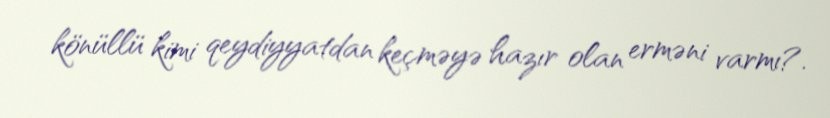
könüllü kimi qeydiyyatdan keçməyə hazır olan erməni varmı?.